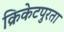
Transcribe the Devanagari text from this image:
क्रिकेटपुरता